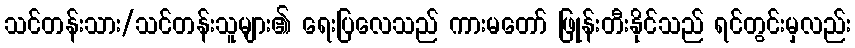
သင်တန်းသား/သင်တန်းသူများ၏ ရေးပြလေသည် ကားမတော် ဖြုန်းတီးနိုင်သည် ရင်တွင်းမှလည်း